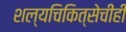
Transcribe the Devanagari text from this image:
शल्यचिकित्सेचीही